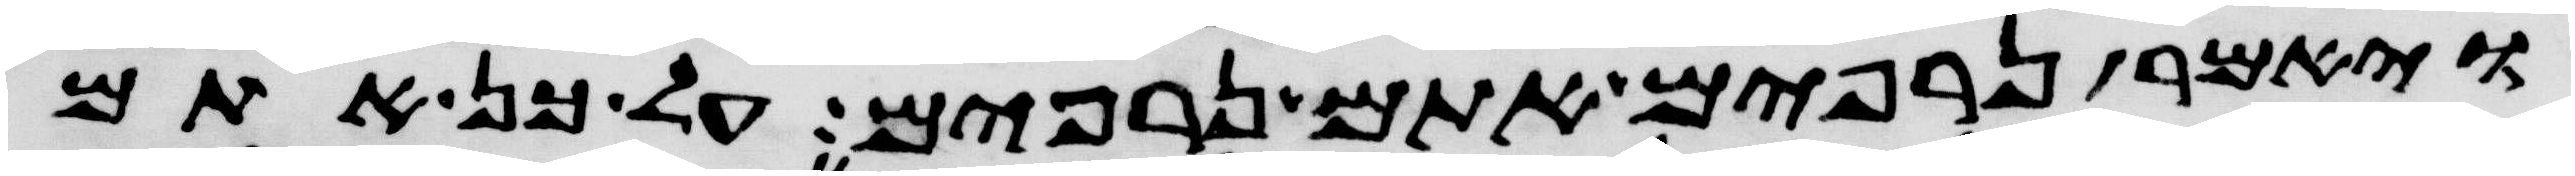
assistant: ויאמר נרפים אתם נרפים על כן אתם